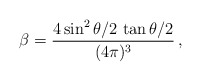
\begin{align*}\beta = {4\sin^2\theta/2\,\tan\theta/2\over(4\pi)^3}\,,\end{align*}